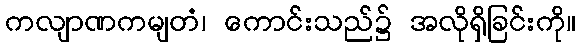
ကလျာဏကမျတံ၊ ကောင်းသည်၌ အလိုရှိခြင်းကို။